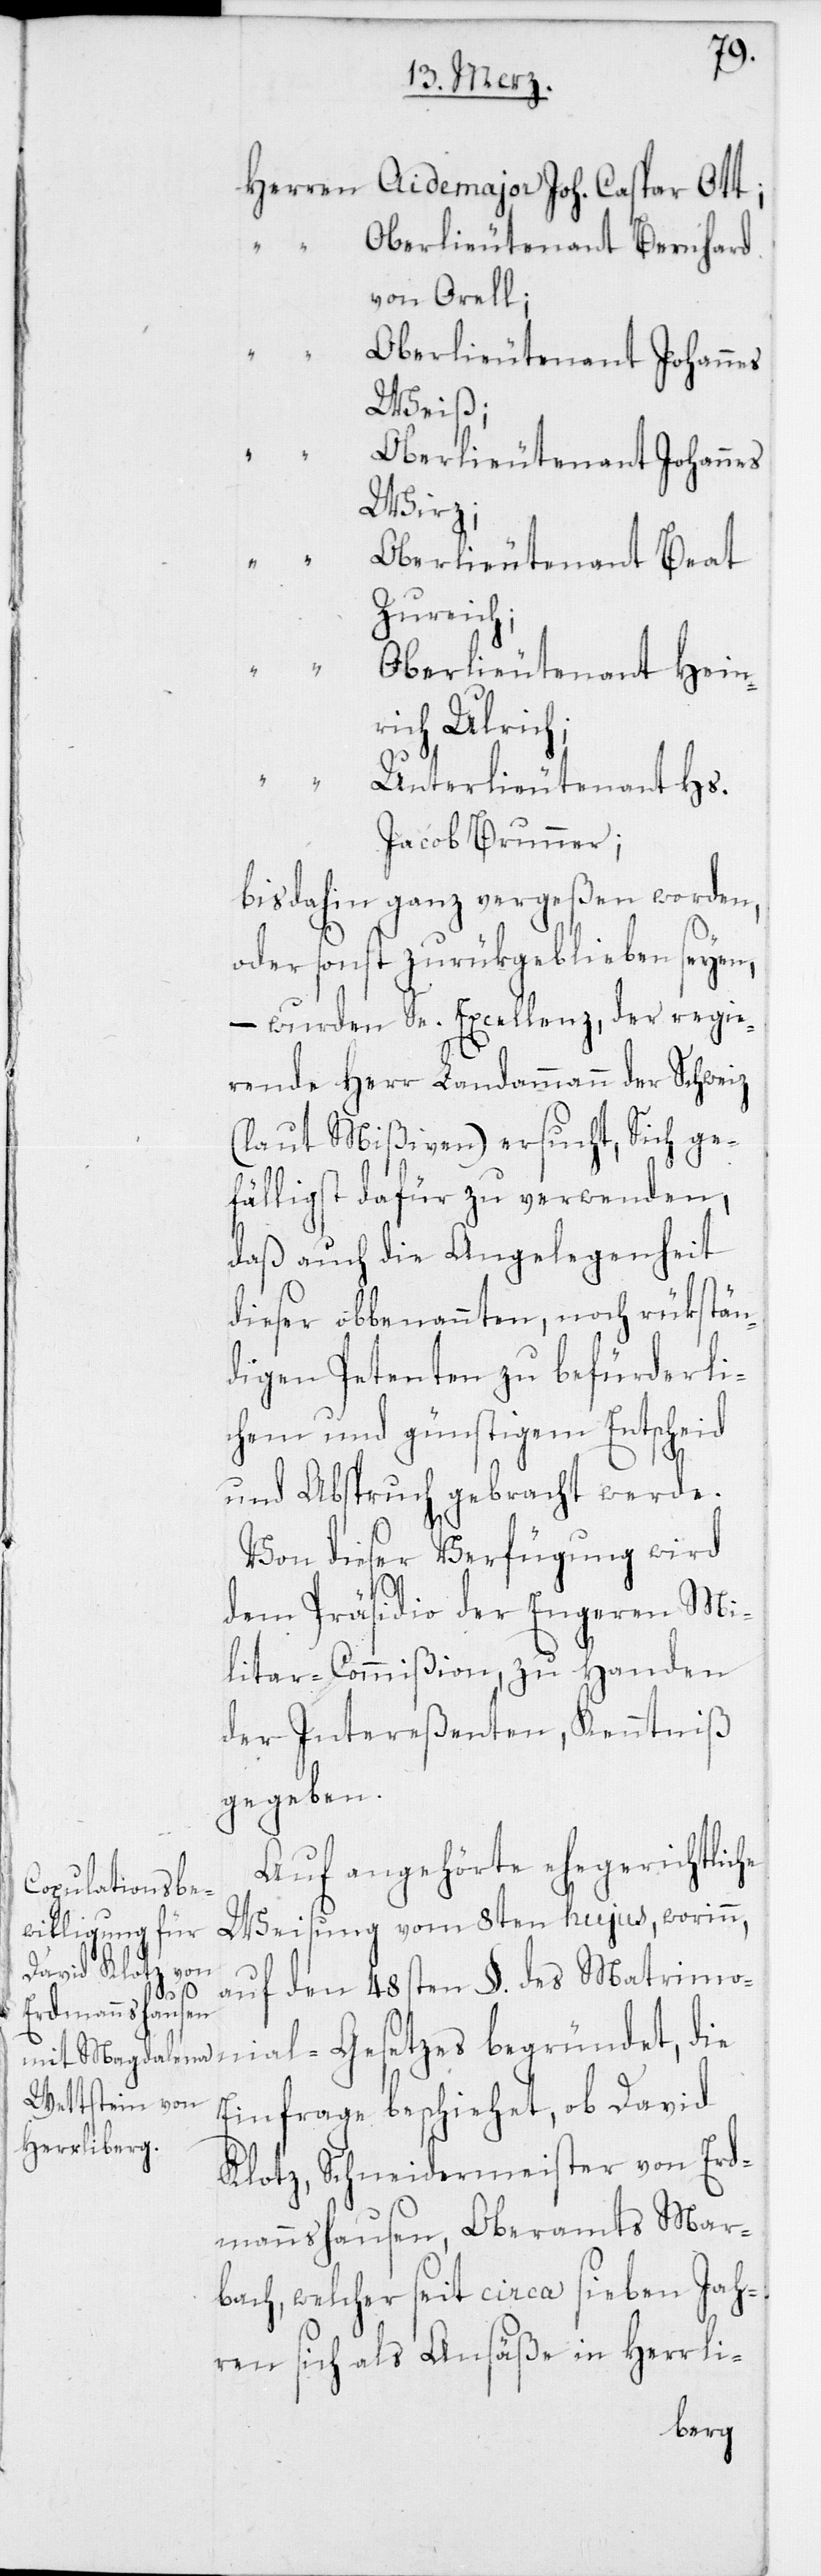
Herre¬
n	Aidemajor Joh. Caspar Ott;
“	Oberlieutenant Bernhard
von Orell;
“	Oberlieutenant Johannes
Weiß;
“	Oberlieutenant Johannes
Wirz;
“	Oberlieuteant Beat
Zureich;
“	Oberlieutenant Hein¬
rich Ulrich;
“	Unterlieutenant Hs.
Jacob Brunner;
bis dahin ganz vergeßen worden,
oder sonst zurükgeblieben seyen,
– wurden Sr. Excellenz, der regie¬
rende Herr Landammann der Schweiz
(laut Mißiven) ersucht, Sich ge¬
fälligst dafür zu verwenden,
daß auch die Angelegenheit
dieser obbenannten, noch rükstän¬
digen Petenten zu befürderli¬
chem und günstigem Entscheid
und Abspruch gebracht werde.
Von dieser Verfügung wird
dem Präsidio der engeren Mi¬
litar-Commißion, zu Handen
der Intereßenten, Kenntniß
gegeben.
Auf angehörte ehegerichtliche
Weisung vom 8ten hujus, worinn,
auf den 48sten §. des Matri¬
monial-Gesetzes begründet, die
Einfrage beschiehet, ob David
Klotz, Schneidermeister von Erd¬
mannshausen, Oberamts Mar¬
bach, welcher seit circa sieben Jah¬
ren sich als Ansäße in Herrli-